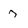
Character: 7